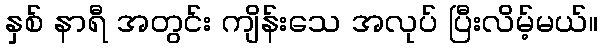
နှစ် နာရီ အတွင်း ကျိန်းသေ အလုပ် ပြီးလိမ့်မယ်။